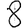
Digit: 8